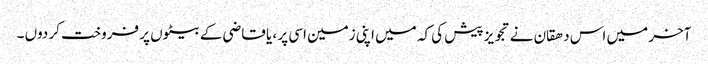
آخر میں اس دھقان نے تجویز پیش کی کہ میں اپنی زمین اسی پر ، یا قاضی کے بیٹوں پر فروخت کر دوں ۔